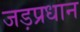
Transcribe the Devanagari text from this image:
जड़प्रधान